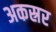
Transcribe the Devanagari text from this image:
अकस्रर